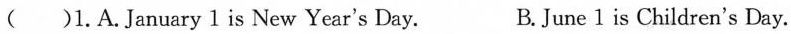
()1.A. January 1 is New Year's Day. B.June 1 is Children's Day.